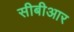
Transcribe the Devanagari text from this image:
सीबीआर